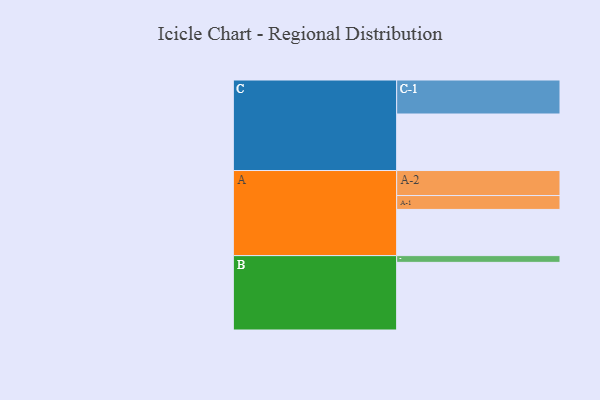
{"axis": {"x": "Segment", "y": "Value"}, "legend": ["", "A", "B", "C"], "data": [{"x": "A", "y": 349, "type": ""}, {"x": "B", "y": 511, "type": ""}, {"x": "C", "y": 427, "type": ""}, {"x": "A-1", "y": 105, "type": "A"}, {"x": "A-2", "y": 189, "type": "A"}, {"x": "B-1", "y": 51, "type": "B"}, {"x": "C-1", "y": 257, "type": "C"}]}